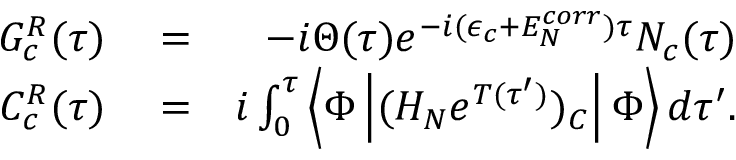
\begin{array} { r l r } { G _ { c } ^ { R } ( \tau ) } & { { } = } & { - i \Theta ( \tau ) e ^ { - i ( \epsilon _ { c } + E _ { N } ^ { c o r r } ) \tau } N _ { c } ( \tau ) } \\ { C _ { c } ^ { R } ( \tau ) } & { { } = } & { i \int _ { 0 } ^ { \tau } \left< \Phi \left| ( H _ { N } e ^ { T ( \tau ^ { \prime } ) } ) _ { C } \right| \Phi \right> d \tau ^ { \prime } . } \end{array}